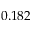
0 . 1 8 2